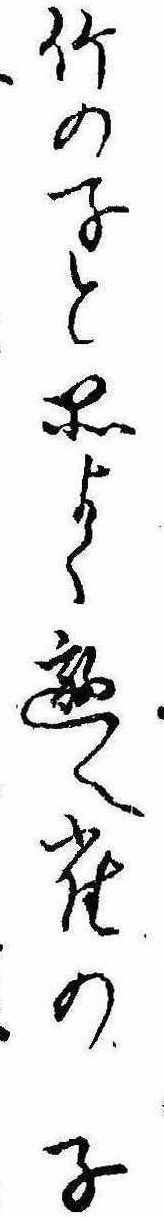
竹の子と品よく遊へ雀の子